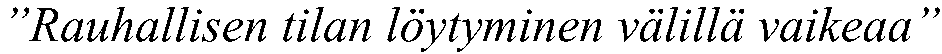
”Rauhallisen tilan löytyminen välillä vaikeaa”